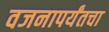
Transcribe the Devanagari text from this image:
वजनापर्यंतचा